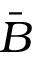
\bar { B }